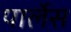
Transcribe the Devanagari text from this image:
पार्लेस